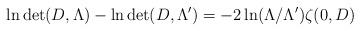
LaTeX: \begin{align*} \ln \det (D, \Lambda) - \ln \det(D, \Lambda') = - 2 \ln (\Lambda / \Lambda') \zeta(0, D)\end{align*}